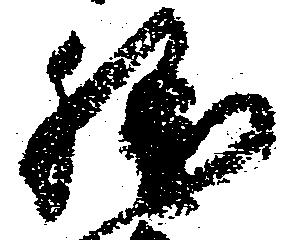
勝